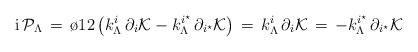
LaTeX: \begin{align*}{\rm i} \, {\cal P}_\Lambda \, = \,{\o{1}{2}}\left ( k^{i}_\Lambda \, \partial_i {\cal K} -k^{i^\star}_\Lambda \, \partial_{i^\star} {\cal K}\right )\, = \, k^{i}_\Lambda \, \partial_i {\cal K}\, = \, - k^{i^\star}_\Lambda \, \partial_{i^\star} {\cal K}\end{align*}